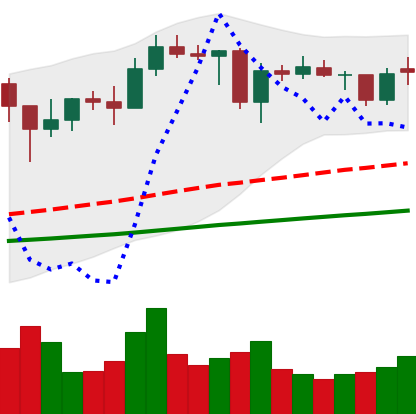
Ticker: ADA-USD
Chart end date: 2021-01-29
Forward return: 26.791%
Label: up_7plus